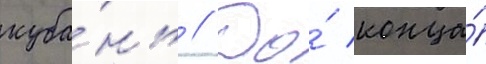
куба́нь // До́ конца́